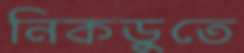
নিকডুতে